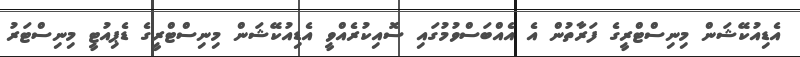
އެޑިއުކޭޝަން މިނިސްޓްރީގެ ފަރާތުން އެ އެއްބަސްވުމުގައި ސޮއިކުރެއްވީ އެޑިއުކޭޝަން މިނިސްޓްރީގެ ޑެޕިއުޓީ މިނިސްޓަރު